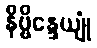
နိဗ္ဗိန္ဒေယျုံ